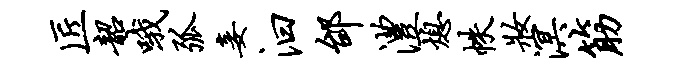
匠韶哦弧妾汩邰澧熄帙妆溟筋